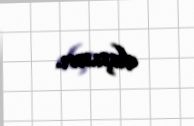
daşısın.